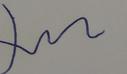
Signature authenticity: genuine